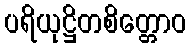
ပရိယုဋ္ဌိတစိတ္တောဝ